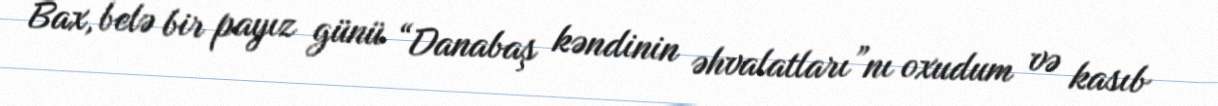
Bax, belə bir payız günü “Danabaş kəndinin əhvalatları”nı oxudum və kasıb